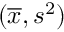
( { \overline { { x } } } , s ^ { 2 } )